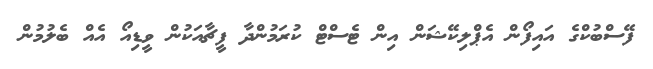
ފޭސްބުކްގެ އައިފޯން އެޕްލިކޭޝަން އިން ޓެސްޓް ކުރަމުންދާ ފީޗާއަކުން ވީޑިއޯ އެއް ބެލުމުން